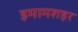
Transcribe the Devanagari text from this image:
इमामशहर